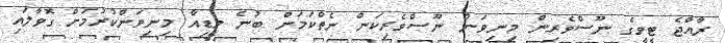
ރާއްޖެ ޓީވީގެ ނޫސްވެރިން މިނިވަން ނޫސްވެރިކަން ނެތްކަމަށް ބުނެ މީޑިއާ މިނިވަންކުރުމަށް ގޮވާލައި